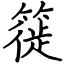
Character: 簁